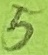
Text: 5